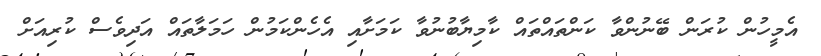
އެމީހުން ކުރަން ބޭނުންވާ ކަންތައްތައް ކާމިޔާބުނުވާ ކަމަށާއި އެހެންކަމުން ހަމަލާތައް އަދިވެސް ކުރިއަށް